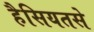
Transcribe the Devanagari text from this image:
हैसियतसे